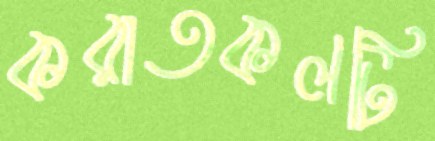
করাতকলটি